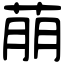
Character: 萠